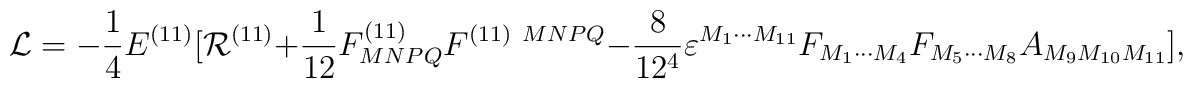
{\cal L} = -{1\over 4}E^{(11)}[{\cal R}^{(11)} + {1\over {12}}F^{(11)}_{MNPQ}F^{(11)\ MNPQ} - {8\over {12^4}}\varepsilon^{M_1 \cdots M_{11}}F_{M_1 \cdots M_4}F_{M_5 \cdots M_8}A_{M_9 M_{10} M_{11}}],